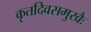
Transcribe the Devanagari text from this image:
कृतदिवसमुखैः